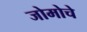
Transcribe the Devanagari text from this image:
जोमोचे